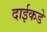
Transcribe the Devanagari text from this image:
दाईकडे